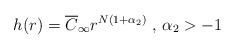
\begin{align*}h(r)=\overline{C}_\infty r^{N(1+\alpha _2)}\mbox{ , }\alpha _2>-1\end{align*}